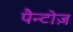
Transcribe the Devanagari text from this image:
पैन्टोज़